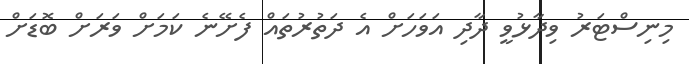
މިނިސްޓަރު ވިދާޅުވީ ދާދި އަވަހަށް އެ ދަތުރުތައް ފެށޭނެ ކަމަށް ވަރަށް ބޮޑަށް